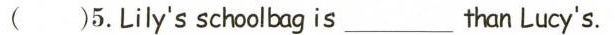
()5.Lily's schoolbag is___than Lucy's.